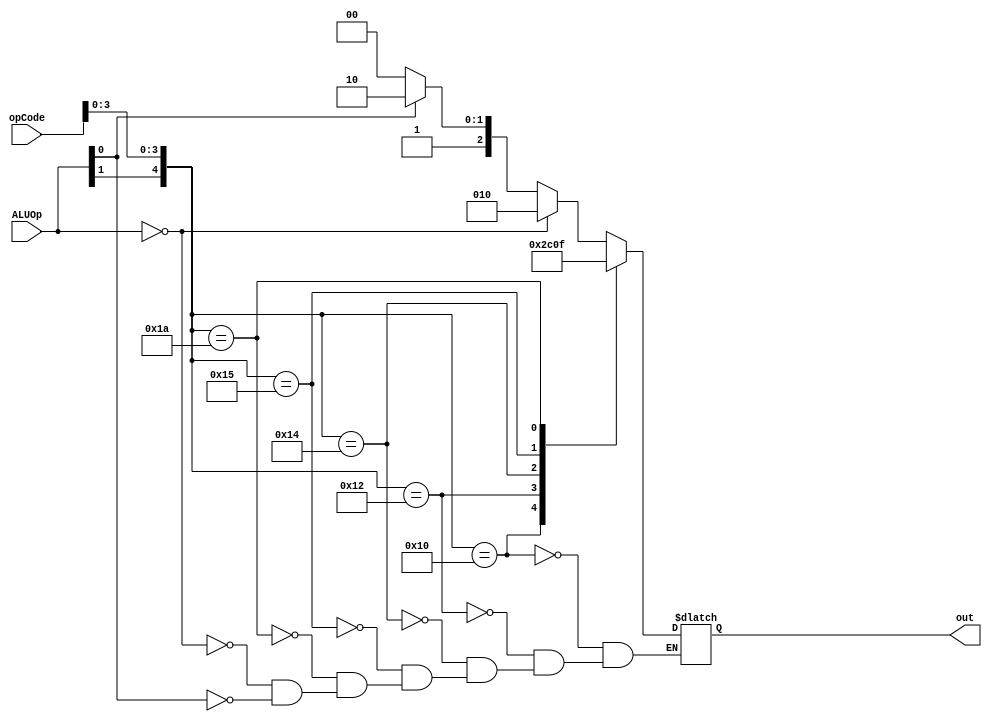
module ALUcontroller(input[5:0] opCode,input[1:0] ALUOp ,output reg[2:0] out);
  always@(opCode,ALUOp)begin
    case({ALUOp[1],opCode[3:0]})
      5'b10000: out <= 3'b010;
      5'b10010: out <= 3'b110; 
      5'b10100: out <= 3'b000;
      5'b10101: out <= 3'b001;
      5'b11010: out <= 3'b111;
      default:begin
        if(ALUOp == 0)
          out <= 3'b010;
        else if(ALUOp[0] == 1)
          out <= 3'b110;
        else if({ALUOp[1],opCode[3:0]}==7'b1011000)
          out <= 3'b011;
        else if({ALUOp[1],opCode[3:0]}==7'b1100110)
          out <= 3'b100;
      end
    endcase
  end
endmodule